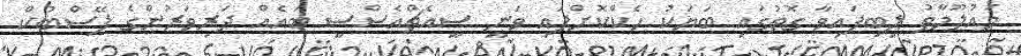
މައުލޫމާތު ލިބިފައިވާ ގޮތުގައި ބަޔަކު ހެކްކޮށްފައި ވަނީ ސީއެޗްއެސްސީ ބައެއް ދަރިވަރުންގެ ފޭސްބުކް